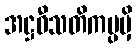
အဋ္ဌဝီသတိကပ္ပမှိ